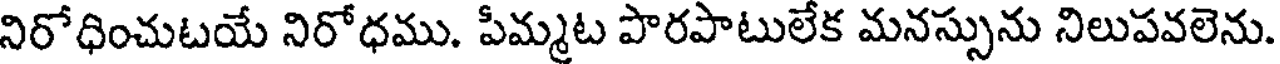
నిరోధించుటయే నిరోధము. పీమ్మట పొరపాటులేక మనస్సును నిలుపవలెను.